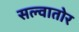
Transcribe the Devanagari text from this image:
सल्वातोर